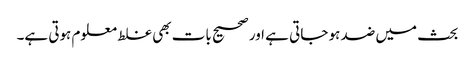
بحث میں ضد ہو جاتی ہے اور صحیح بات بھی غلط معلوم ہوتی ہے۔